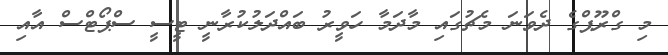
މި ގްރޫޕްގެ ދެވަނަ މެޗުގައި މާދަމާ ހަވީރު ބައްދަލުކުރާނީ ޓީސީ ސްޕޯޓްސް އާއި